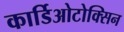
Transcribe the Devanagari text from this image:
कार्डिओटोक्सिन